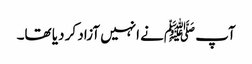
آپ ﷺنے انہیں آزاد کر دیا تھا۔